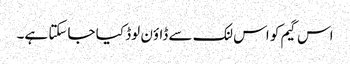
اس گیم کو اس لنک سے ڈاؤن لوڈ کیا جاسکتا ہے۔